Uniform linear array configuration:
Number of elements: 48
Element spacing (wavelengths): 0.25
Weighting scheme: uniform
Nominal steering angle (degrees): -30
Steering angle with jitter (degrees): -28.395
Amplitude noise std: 0.05
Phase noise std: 0.05

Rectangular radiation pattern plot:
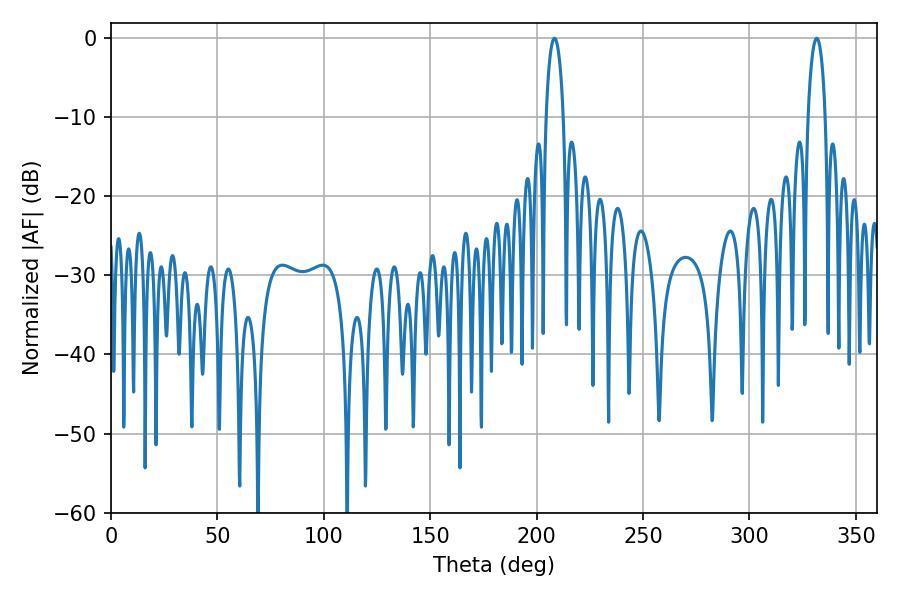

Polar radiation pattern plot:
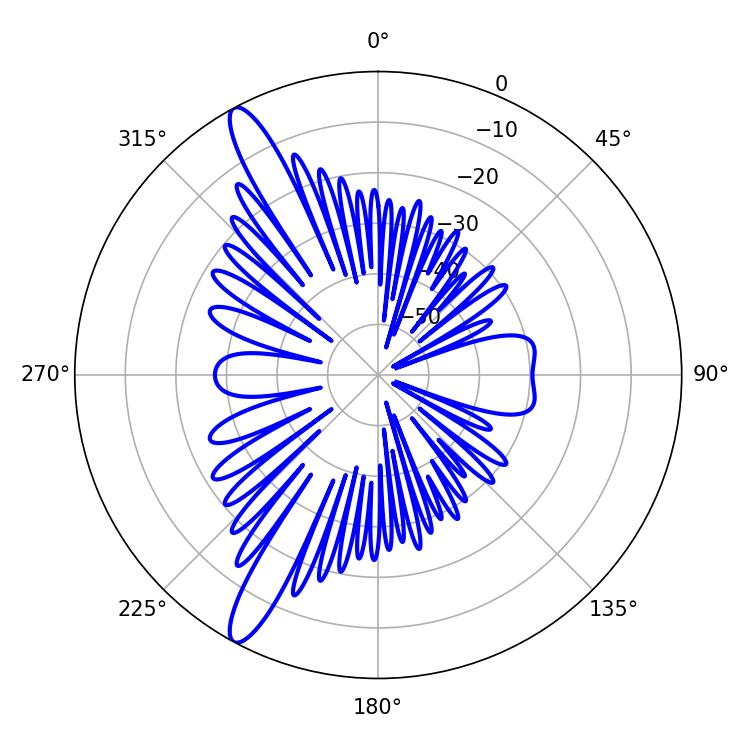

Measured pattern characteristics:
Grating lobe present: FALSE
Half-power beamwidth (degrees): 4.68
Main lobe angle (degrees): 208.44